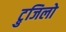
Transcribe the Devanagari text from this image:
ट्रुजिलो